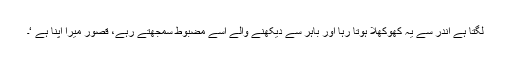
لگتا ہے اندر سے یہ کھوکھلا ہوتا رہا اور باہر سے دیکھنے والے اسے مضبوط سمجھتے رہے، قصور میرا اپنا ہے ‘۔